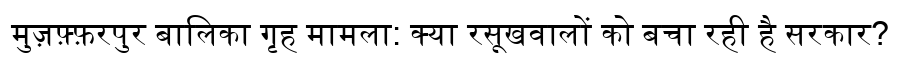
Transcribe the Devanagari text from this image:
मुज़फ़्फ़रपुर बालिका गृह मामला: क्या रसूखवालों को बचा रही है सरकार?